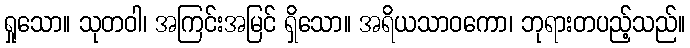
ရှုသော။ သုတဝါ၊ အကြင်းအမြင် ရှိသော။ အရိယသာဝကော၊ ဘုရားတပည့်သည်။